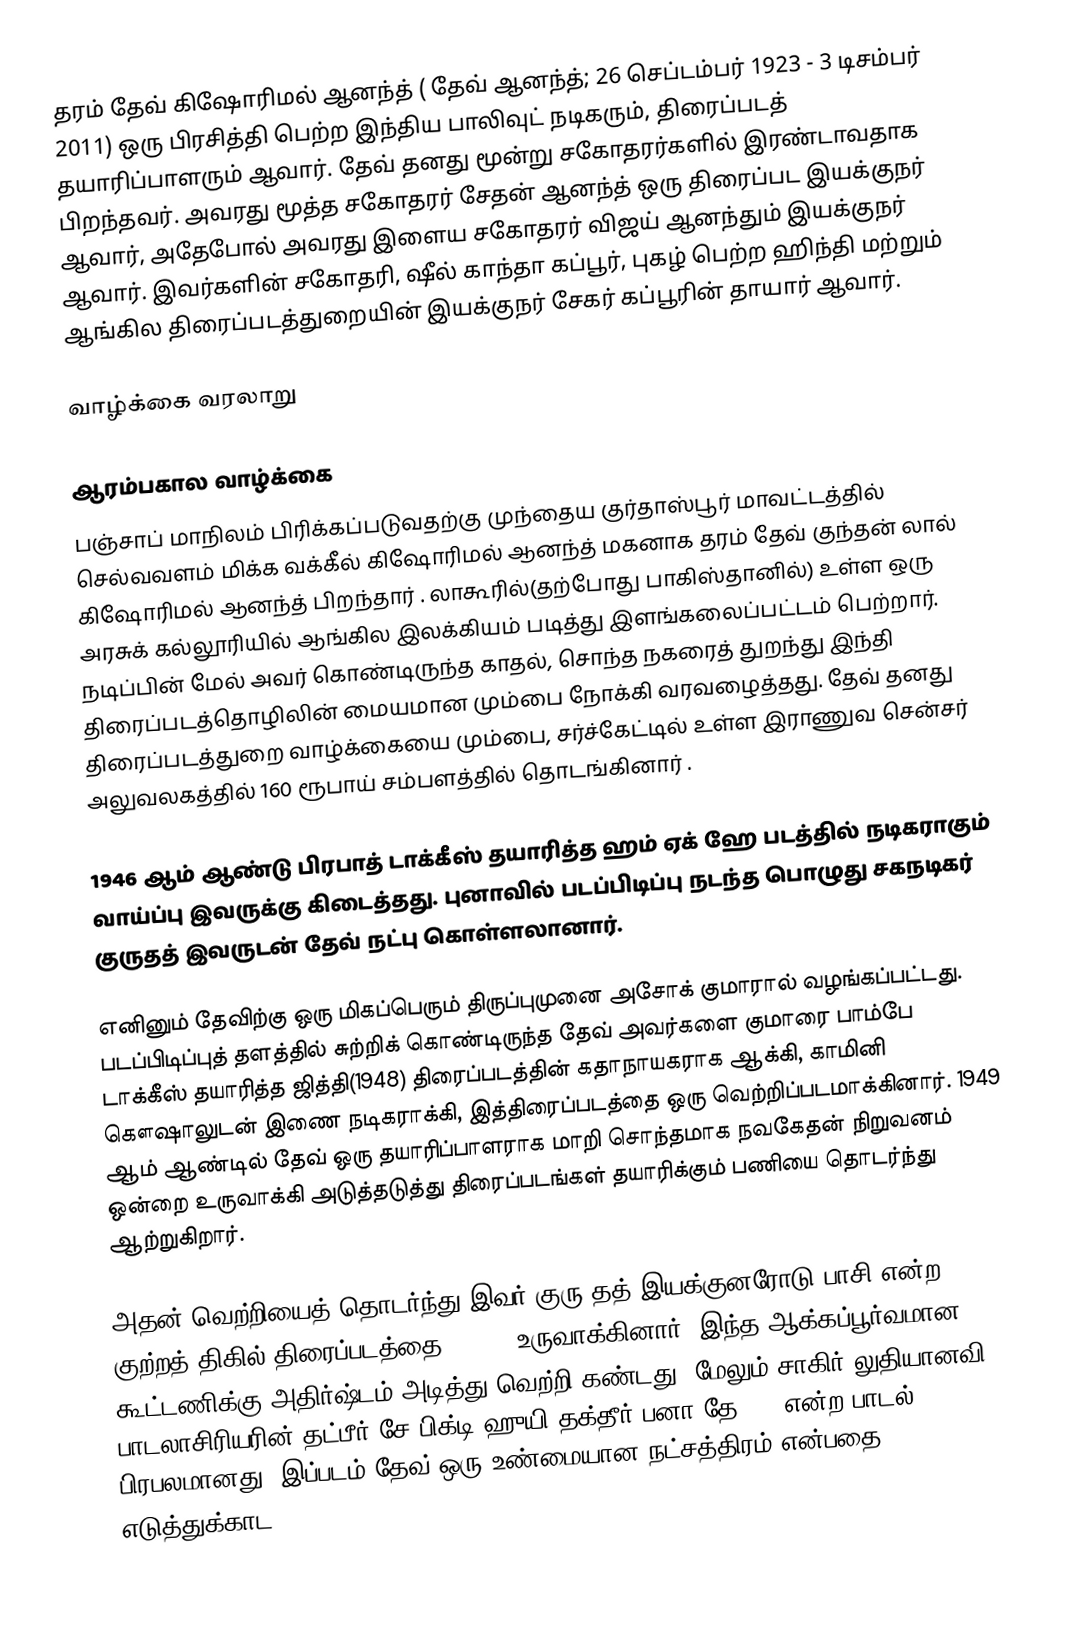
தரம் தேவ் கிஷோரிமல் ஆனந்த்  ( தேவ் ஆனந்த்;  26 செப்டம்பர் 1923 - 3 டிசம்பர் 2011) ஒரு பிரசித்தி பெற்ற இந்திய பாலிவுட் நடிகரும், திரைப்படத் தயாரிப்பாளரும் ஆவார். தேவ் தனது மூன்று சகோதரர்களில் இரண்டாவதாக பிறந்தவர். அவரது மூத்த சகோதரர் சேதன் ஆனந்த் ஒரு திரைப்பட இயக்குநர் ஆவார், அதேபோல் அவரது இளைய சகோதரர் விஜய் ஆனந்தும் இயக்குநர் ஆவார். இவர்களின் சகோதரி, ஷீல் காந்தா கப்பூர், புகழ் பெற்ற ஹிந்தி மற்றும் ஆங்கில திரைப்படத்துறையின் இயக்குநர் சேகர் கப்பூரின் தாயார் ஆவார்.

வாழ்க்கை வரலாறு

ஆரம்பகால வாழ்க்கை
பஞ்சாப் மாநிலம் பிரிக்கப்படுவதற்கு முந்தைய குர்தாஸ்பூர் மாவட்டத்தில் செல்வவளம் மிக்க வக்கீல் கிஷோரிமல் ஆனந்த் மகனாக தரம் தேவ் குந்தன் லால் கிஷோரிமல் ஆனந்த்  பிறந்தார் . லாகூரில்(தற்போது பாகிஸ்தானில்) உள்ள ஒரு அரசுக் கல்லூரியில்  ஆங்கில இலக்கியம் படித்து இளங்கலைப்பட்டம் பெற்றார். நடிப்பின் மேல் அவர் கொண்டிருந்த காதல், சொந்த நகரைத் துறந்து இந்தி திரைப்படத்தொழிலின் மையமான மும்பை நோக்கி வரவழைத்தது. தேவ் தனது திரைப்படத்துறை வாழ்க்கையை மும்பை, சர்ச்கேட்டில் உள்ள இராணுவ சென்சர் அலுவலகத்தில் 160 ரூபாய் சம்பளத்தில் தொடங்கினார் .

1946 ஆம் ஆண்டு பிரபாத் டாக்கீஸ் தயாரித்த ஹம் ஏக் ஹே படத்தில் நடிகராகும் வாய்ப்பு இவருக்கு கிடைத்தது. புனாவில் படப்பிடிப்பு நடந்த பொழுது சகநடிகர் குருதத் இவருடன் தேவ் நட்பு கொள்ளலானார்.

எனினும் தேவிற்கு ஒரு மிகப்பெரும் திருப்புமுனை அசோக் குமாரால் வழங்கப்பட்டது. படப்பிடிப்புத் தளத்தில் சுற்றிக் கொண்டிருந்த தேவ் அவர்களை குமாரை பாம்பே டாக்கீஸ் தயாரித்த ஜித்தி(1948) திரைப்படத்தின் கதாநாயகராக ஆக்கி, காமினி கௌஷாலுடன் இணை நடிகராக்கி, இத்திரைப்படத்தை ஒரு வெற்றிப்படமாக்கினார். 1949  ஆம் ஆண்டில் தேவ் ஒரு தயாரிப்பாளராக மாறி சொந்தமாக நவகேதன் நிறுவனம் ஒன்றை உருவாக்கி அடுத்தடுத்து திரைப்படங்கள் தயாரிக்கும் பணியை தொடர்ந்து ஆற்றுகிறார்.

அதன் வெற்றியைத் தொடர்ந்து இவர் குரு தத் இயக்குனரோடு பாசி என்ற குற்றத் திகில் திரைப்படத்தை (1951) உருவாக்கினார். இந்த ஆக்கப்பூர்வமான கூட்டணிக்கு அதிர்ஷ்டம் அடித்து வெற்றி கண்டது; மேலும் சாகிர் லுதியானவி பாடலாசிரியரின் தட்பீர் சே பிக்டி ஹுயி தக்தீர் பனா தே..., என்ற பாடல் பிரபலமானது. இப்படம் தேவ் ஒரு உண்மையான நட்சத்திரம் என்பதை எடுத்துக்காட